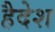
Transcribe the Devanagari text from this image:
हैदेश